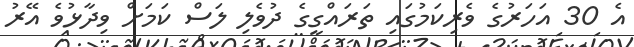
އެ 30 އަހަރުގެ ވެރިކަމުގައި ތަރައްގީގެ ދުވެލި ލަސް ކަމަށް ވިދާޅުވެ އޭރު